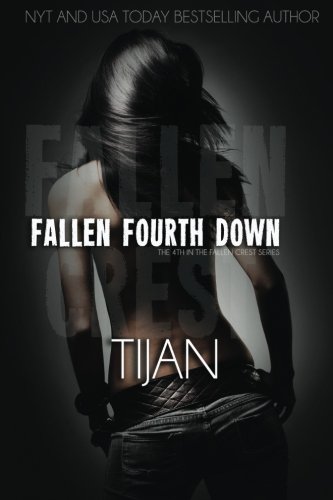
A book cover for Fallen Fourth Down (Fallen Crest Series) (Volume 4); Tijan; Romance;